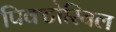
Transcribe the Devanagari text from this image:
पिक्टोरियल